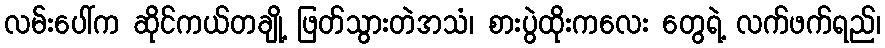
လမ်းပေါ်က ဆိုင်ကယ်တချို့ ဖြတ်သွားတဲအသံ၊ စားပွဲထိုးကလေး တွေရဲ့ လက်ဖက်ရည်၊